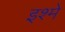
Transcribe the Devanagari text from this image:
इश्मे